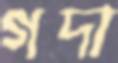
গদা